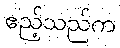
ဧည့်သည်က